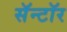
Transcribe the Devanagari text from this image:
सॅन्टॉर